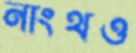
নাংথও